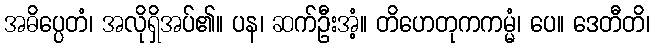
အဓိပ္ပေတံ၊ အလိုရှိအပ်၏။ ပန၊ ဆက်ဦးအံ့။ တိဟေတုကကမ္မံ၊ ပေ။ ဒေတီတိ၊